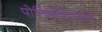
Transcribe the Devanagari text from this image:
पोलिमोर्फ़िज्मको